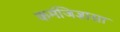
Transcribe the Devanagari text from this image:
कर्मजिज्ञासा